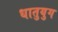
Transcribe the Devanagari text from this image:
धातुयुग